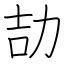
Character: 劼